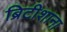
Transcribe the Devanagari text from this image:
ब्रिटीशाना